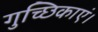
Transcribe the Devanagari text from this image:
गुच्छिकाएं।